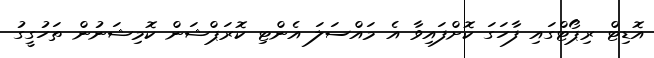
އޮޑިޓް ރިޕޯޓްގައި ފާހަގަ ކޮށްފައިވާ އެ މައްސަލަ އެންޓި ކޮރަޕްޝަން ކޮމިޝަނުން ތަހުގީގު